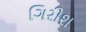
ગિરીશ